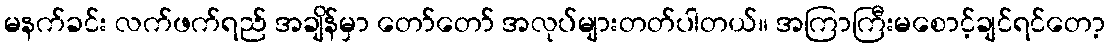
မနက်ခင်း လက်ဖက်ရည် အချိန်မှာ တော်တော် အလုပ်များတတ်ပါတယ်။ အကြာကြီးမစောင့်ချင်ရင်တော့